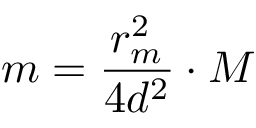
m = \frac { r _ { m } ^ { 2 } } { 4 d ^ { 2 } } \cdot M